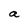
Character: a